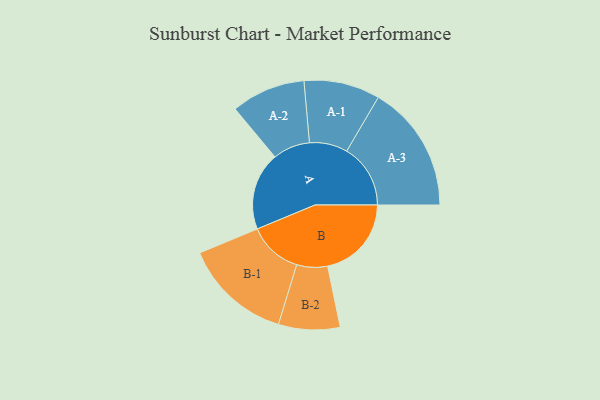
{"axis": {"x": "Segment", "y": "Value"}, "legend": ["", "A", "B"], "data": [{"x": "A", "y": 342, "type": ""}, {"x": "B", "y": 368, "type": ""}, {"x": "A-1", "y": 167, "type": "A"}, {"x": "A-2", "y": 163, "type": "A"}, {"x": "A-3", "y": 280, "type": "A"}, {"x": "B-1", "y": 237, "type": "B"}, {"x": "B-2", "y": 135, "type": "B"}]}